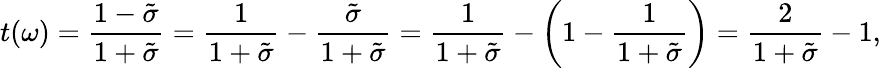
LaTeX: t(\omega)=\frac{1-\tilde{\sigma}}{1+\tilde{\sigma}}=\frac{1}{1+\tilde{\sigma}}-\frac{\tilde{\sigma}}{1+\tilde{\sigma}}=\frac{1}{1+\tilde{\sigma}}-\left(1-\frac{1}{1+\tilde{\sigma}}\right)=\frac{2}{1+\tilde{\sigma}}-1,